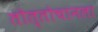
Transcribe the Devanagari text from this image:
तोत्तोचानला